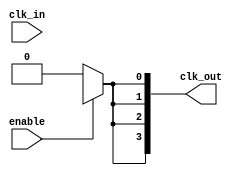
module ClockTreeBuffer (
    input wire clk_in,             // Input clock signal
    input wire enable,             // Enable signal for power management
    output wire [N-1:0] clk_out    // Output clock signals
);
    parameter N = 4;               // Number of output drivers
    parameter STAGE_COUNT = 3;     // Number of buffer stages
    parameter BUFFER_SIZE = 2;      // Size of each buffer stage

    // Intermediate signals for clock buffering
    wire [STAGE_COUNT-1:0] buf_stage [0:BUFFER_SIZE-1];
    wire clk_buf;

    // Generate multi-stage buffers
    genvar i, j;
    generate
        // First stage buffer
        for (i = 0; i < BUFFER_SIZE; i = i + 1) begin : stage1
            if (i == 0) begin
                assign buf_stage[i] = clk_in; // First stage driven by input clock
            end else begin
                assign buf_stage[i] = buf_stage[i-1]; // Connect previous stage
            end
        end

        // Additional buffer stages
        for (j = 1; j < STAGE_COUNT; j = j + 1) begin : stages
            for (i = 0; i < BUFFER_SIZE; i = i + 1) begin : buffer
                assign buf_stage[j][i] = buf_stage[j-1][i]; // Connect stages
            end
        end

        // Output drivers
        for (i = 0; i < N; i = i + 1) begin : output_drivers
            assign clk_out[i] = enable ? buf_stage[STAGE_COUNT-1][BUFFER_SIZE-1] : 1'b0; // Output driven by last buffer stage
        end
    endgenerate

endmodule